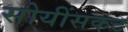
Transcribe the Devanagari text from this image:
सोयींसकट